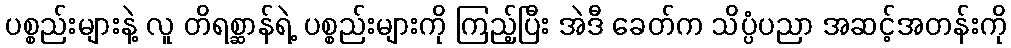
ပစ္စည်းများနဲ့ လူ တိရစ္ဆာန်ရဲ့ ပစ္စည်းများကို ကြည့်ပြီး အဲဒီ ခေတ်က သိပ္ပံပညာ အဆင့်အတန်းကို